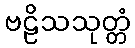
ဗဠိသသုတ္တံ